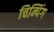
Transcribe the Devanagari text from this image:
चिन्पिंग